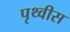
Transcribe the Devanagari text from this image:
पृथ्वीस